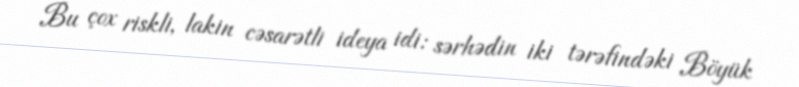
Bu çox riskli, lakin cəsarətli ideya idi: sərhədin iki tərəfindəki Böyük